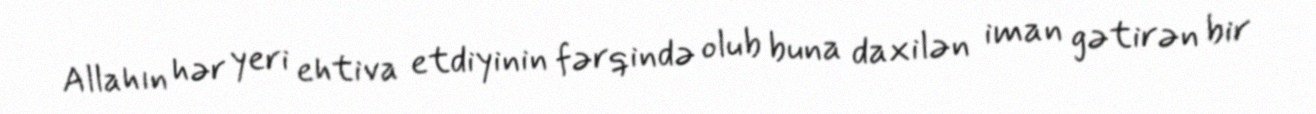
Allahın hər yeri ehtiva etdiyinin fərqində olub buna daxilən iman gətirən bir